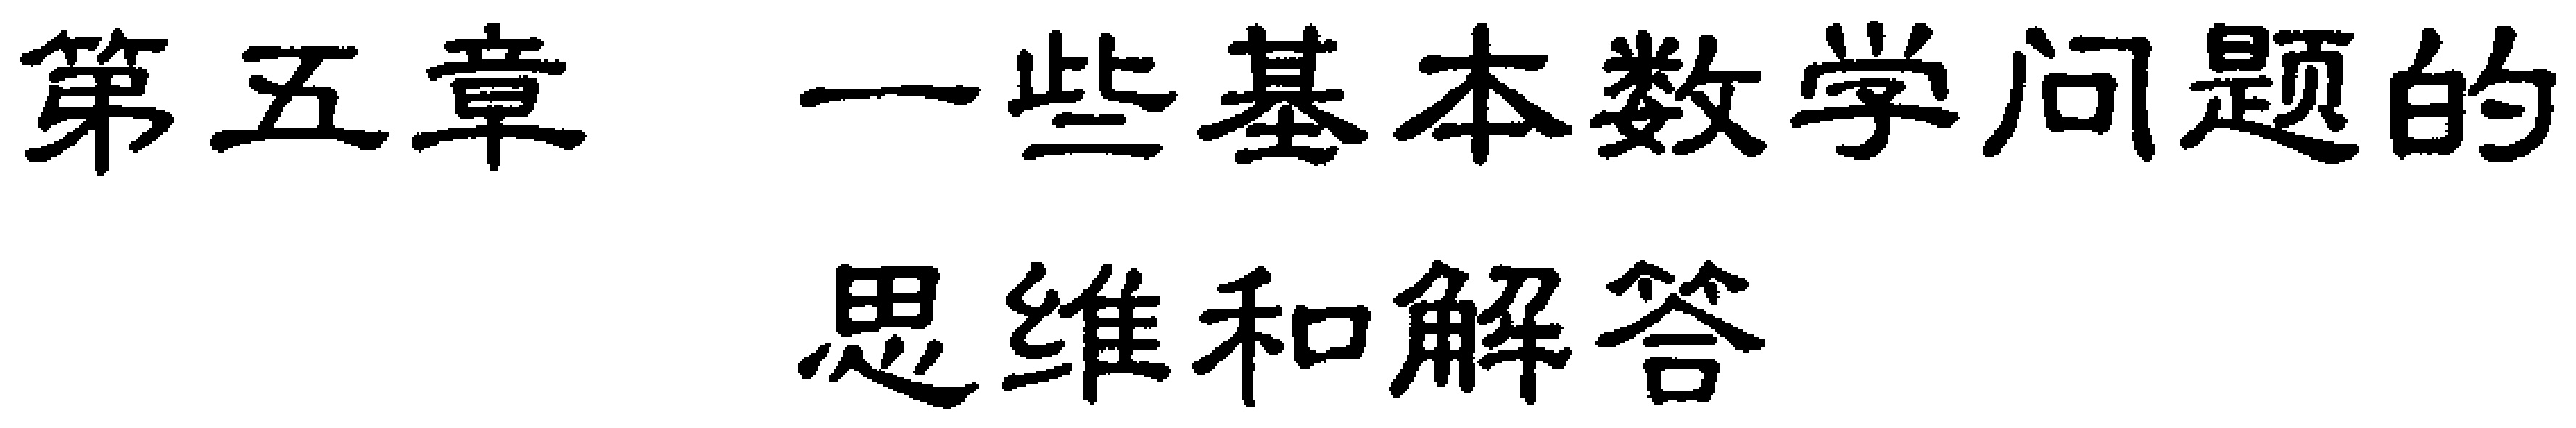
第五章 一些基本数学问题的
思维和解答